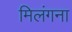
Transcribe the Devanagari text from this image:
मिलंगना